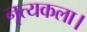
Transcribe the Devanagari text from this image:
नृत्‍यकला।